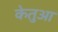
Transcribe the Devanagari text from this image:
केतुआ